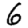
Digit: 6